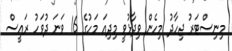
މިނިސްޓަރު ޖިހާދު މިހެން ވިދާޅުވީ މިދިއަ މަހުގެ 16 ވަނަ ދުވަހު ރައީސް